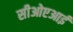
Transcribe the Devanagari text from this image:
सीओएआई